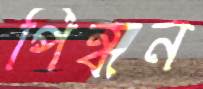
পিন্ধন